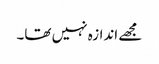
مجھے اندازہ نہیں تھا۔